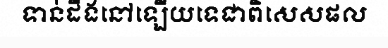
ទាន់ដឹងនៅឡើយទេជាពិសេសផល